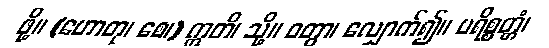
ဖို့။ (ဟောတု၊ စေ၊) ဣတိ၊ သို့။ ဝတွာ၊ လျှောက်၍။ ပရိစ္စတ္တံ၊